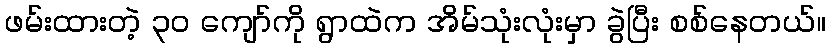
ဖမ်းထားတဲ့ ၃၀ ကျော်ကို ရွာထဲက အိမ်သုံးလုံးမှာ ခွဲပြီး စစ်နေတယ်။